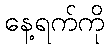
နေ့ရက်ကို